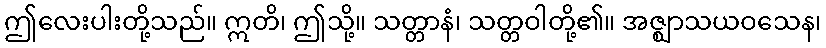
ဤလေးပါးတို့သည်။ ဣတိ၊ ဤသို့။ သတ္တာနံ၊ သတ္တဝါတို့၏။ အဇ္ဈာသယဝသေန၊